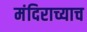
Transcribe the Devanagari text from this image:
मंदिराच्याच